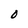
Character: O